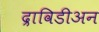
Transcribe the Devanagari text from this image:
द्राविडीअन